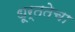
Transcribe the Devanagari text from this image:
धूर्ततेचा